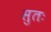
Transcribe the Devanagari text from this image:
सुतः